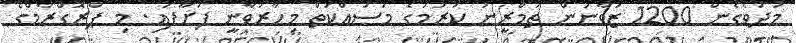
މަދުވެގެން 1200 ޒުވާނުން ތަމްރީނު ކުރުމުގެ މަސައްކަތް މިހާރުވާނީ ފަށާފައި. މި ޕްރޮގްރާމްގެ